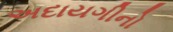
અદાયગીનો